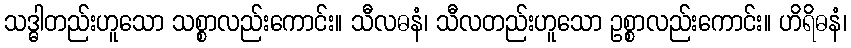
သဒ္ဓါတည်းဟူသော သစ္စာလည်းကောင်း။ သီလဓနံ၊ သီလတည်းဟူသော ဥစ္စာလည်းကောင်း။ ဟိရိဓနံ၊